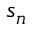
s _ { n }